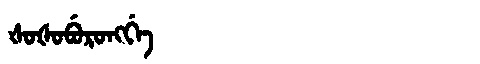
Manchu: ᡧᠣᡧᠣᠪᡠᡵᠣᠩᡤᡝ
Romanization: ŠOŠOBURONGGE